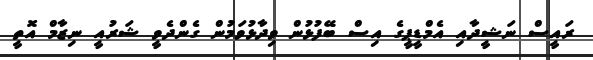
ރައީސް ނަޝީދާއި އެމްޑީޕީގެ އިސް ބޭފުޅުން ވިދާޅުވަމުން ގެންދެވީ ޝަރުއީ ނިޒާމް އޮތީ